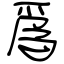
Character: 爲